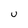
Character: U